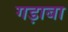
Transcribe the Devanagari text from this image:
गड़ाबा